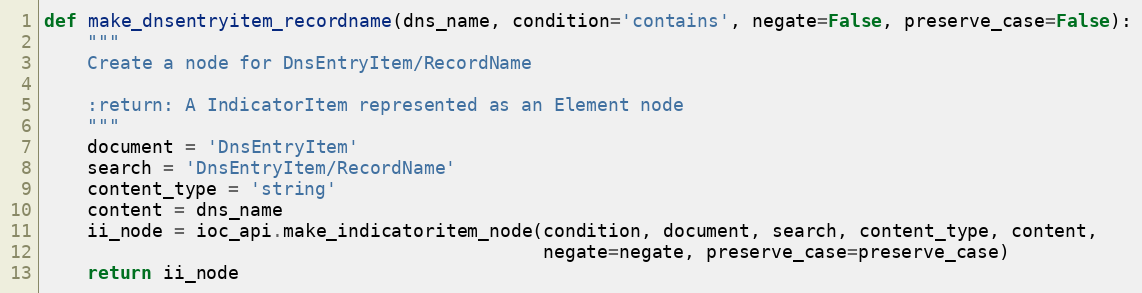
Language: Python
def make_dnsentryitem_recordname(dns_name, condition='contains', negate=False, preserve_case=False):
    """
    Create a node for DnsEntryItem/RecordName

    :return: A IndicatorItem represented as an Element node
    """
    document = 'DnsEntryItem'
    search = 'DnsEntryItem/RecordName'
    content_type = 'string'
    content = dns_name
    ii_node = ioc_api.make_indicatoritem_node(condition, document, search, content_type, content,
                                              negate=negate, preserve_case=preserve_case)
    return ii_node